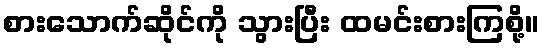
စားသောက်ဆိုင်ကို သွားပြီး ထမင်းစားကြစို့။